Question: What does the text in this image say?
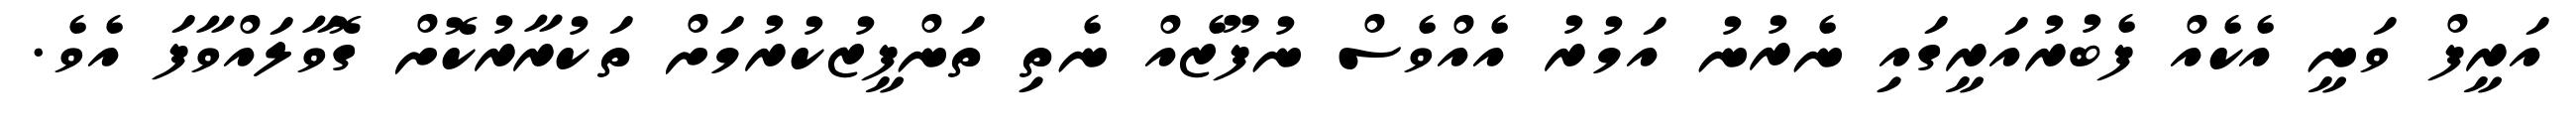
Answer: އަރީފް ވަނީ އެކެއް ފެބުރުއަރީގައި ނެރުނު އަމުރު އެއްވެސް ނުފޫޒެއް ނެތި ތަންފީޒުކުރުމަށް ތަކުރާރުކޮށް ގޮވާލައްވާފަ އެވެ.